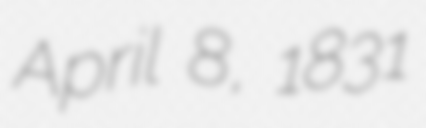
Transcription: April 8, 1831